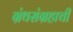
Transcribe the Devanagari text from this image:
ग्रंथसंग्रहाची